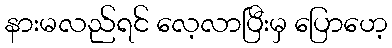
နားမလည်ရင် လေ့လာပြီးမှ ပြောဟေ့